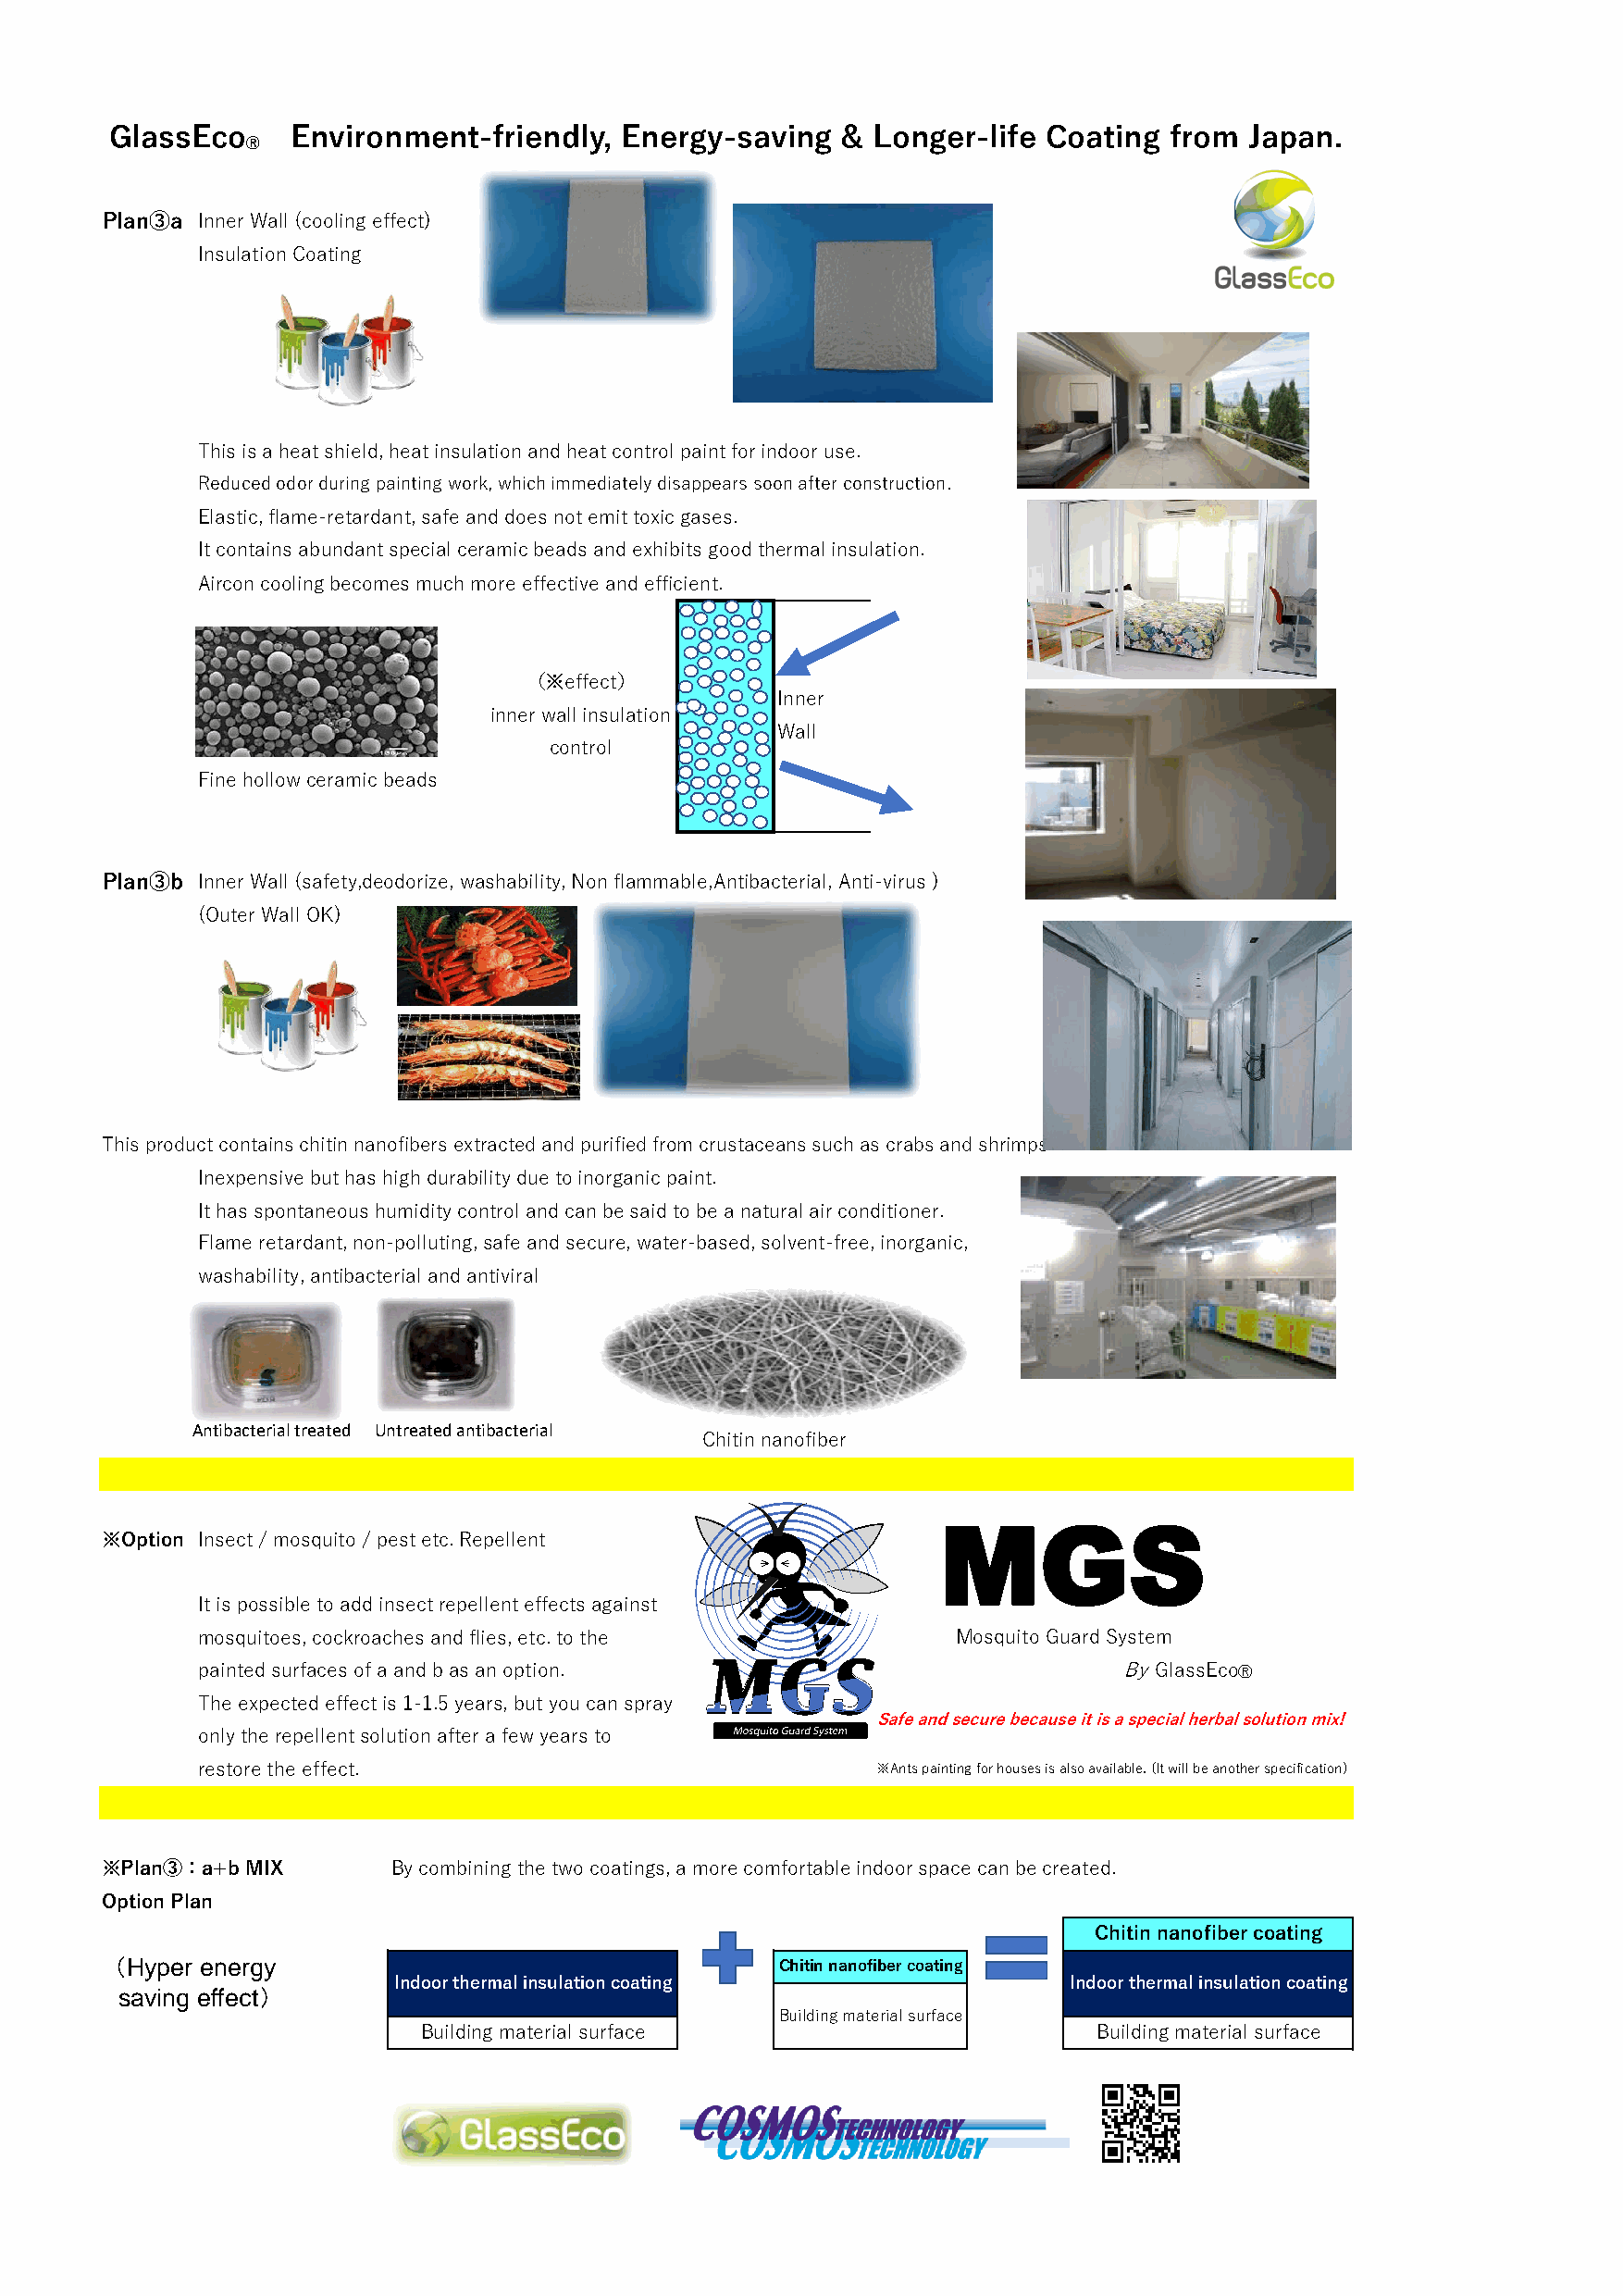
GlassEco     Environment-friendly,  Energy-saving   & Longer-life  Coating  from Japan.
 Ⓡ
 Plan③a Inner Wall (cooling effect)
 Insulation Coating
 This is a heat shield, heat insulation and heat control paint for indoor use.
 Reduced odor during painting work, which immediately disappears soon after construction.
 Elastic, flame-retardant, safe and does not emit toxic gases.
 It contains abundant special ceramic beads and exhibits good thermal insulation.
 Aircon cooling becomes much more effective and efficient.
 （※effect）
 Inner
 inner wall insulation
 Wall
 control
 Fine hollow ceramic beads
 Plan③b Inner Wall (safety,deodorize, washability, Non flammable,Antibacterial, Anti-virus )
 (Outer Wall OK)
 This product contains chitin nanofibers extracted and purified from crustaceans such as crabs and shrimps.
 Inexpensive but has high durability due to inorganic paint.
 It has spontaneous humidity control and can be said to be a natural air conditioner.
 Flame retardant, non-polluting, safe and secure, water-based, solvent-free, inorganic,
 washability, antibacterial and antiviral
 Antibacterial treated Untreated antibacterial
 Chitin nanofiber
 MGS
 ※Option Insect / mosquito / pest etc. Repellent
 It is possible to add insect repellent effects against
 mosquitoes, cockroaches and flies, etc. to the        Mosquito Guard System
 painted surfaces of a and b as an option.                         By GlassEcoⓇ
 The expected effect is 1-1.5 years, but you can spray
 Safe and secure because it is a special herbal solution mix!
 only the repellent solution after a few years to
 restore the effect.                              ※Ants painting for houses is also available. (It will be another specification)
 ※Plan③：a+b MIX       By combining the two coatings, a more comfortable indoor space can be created.
 Option Plan
 Chitin nanofiber coating
 （Hyper energy                                   Chitin nanofiber coating
 Indoor thermal insulation coating                Indoor thermal insulation coating
 saving effect）
 Building material surface
 Building material surface                       Building material surface